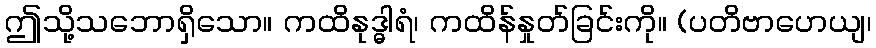
ဤသို့သဘောရှိသော။ ကထိနုဒ္ဓါရံ၊ ကထိန်နှုတ်ခြင်းကို။ (ပတိဗာဟေယျ၊